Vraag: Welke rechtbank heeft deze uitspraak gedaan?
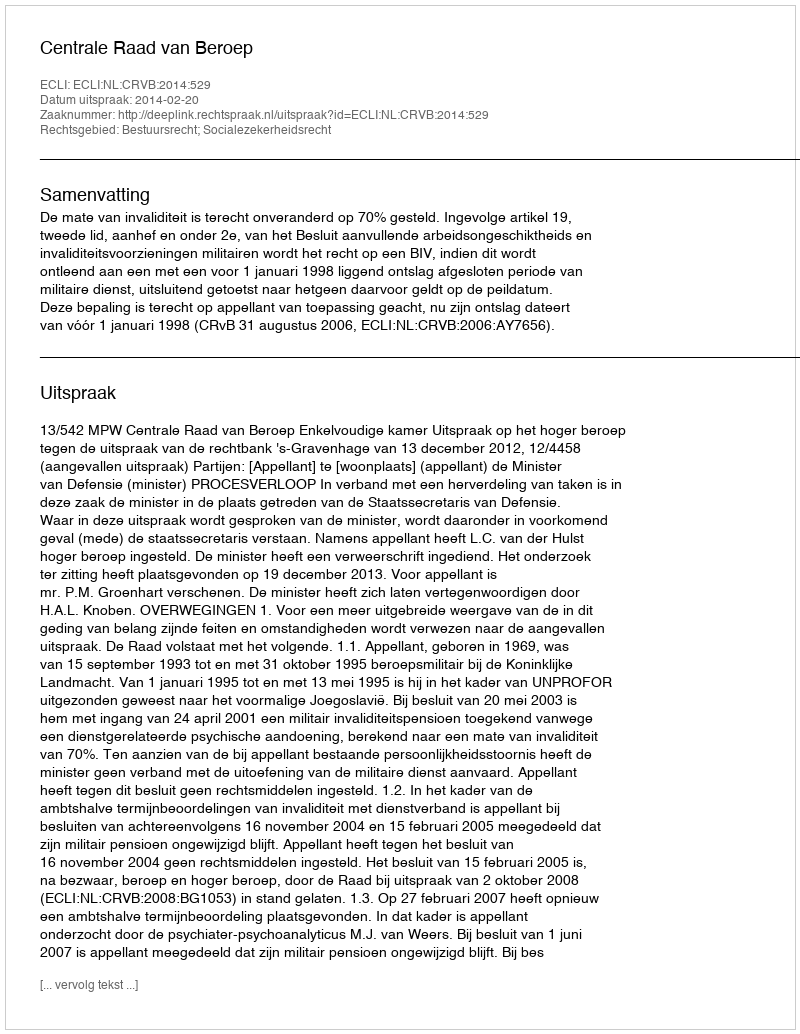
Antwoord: Centrale Raad van Beroep